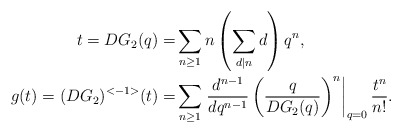
\begin{align*} t = DG_2(q) =& \sum_{n \ge 1} n \left(\sum_{d|n} d\right) q^n, \\ g(t) = (DG_2)^{<-1>}(t) =& \sum_{n \ge 1} \left. \frac{d^{n-1}}{dq^{n-1}} \left( \frac{q}{DG_2(q)} \right)^n \right|_{q=0} \frac{t^n}{n!}.\end{align*}